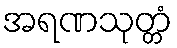
အရဏသုတ္တံ